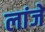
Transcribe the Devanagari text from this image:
लांजे